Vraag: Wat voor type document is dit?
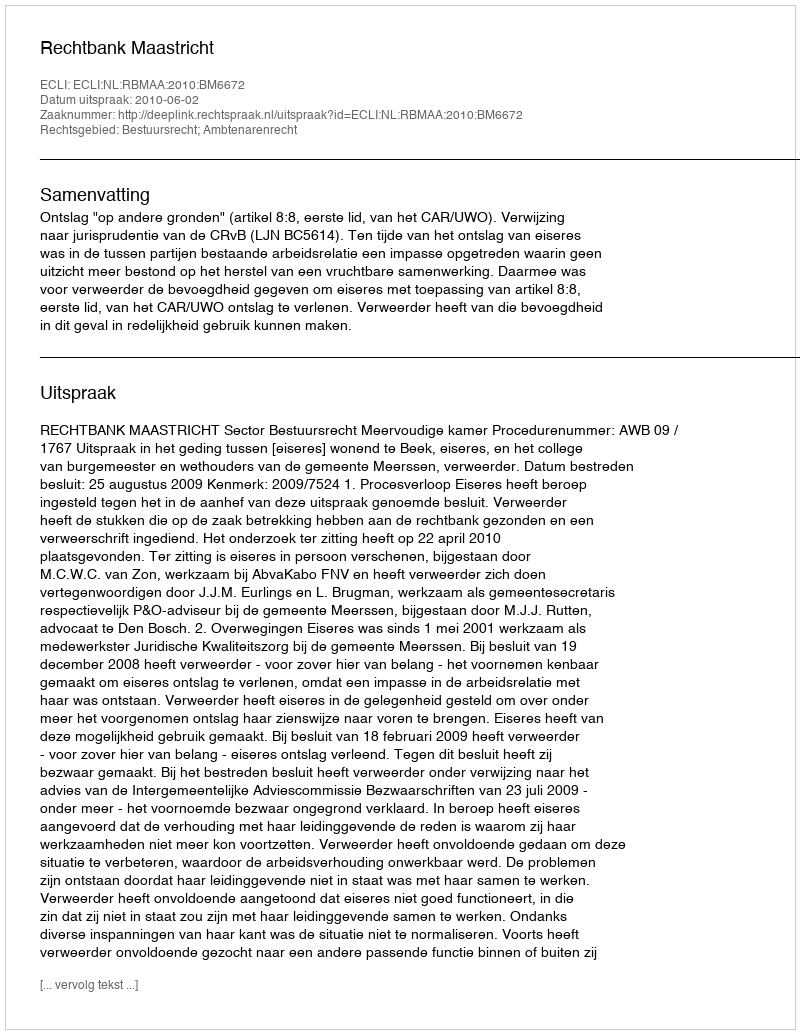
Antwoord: Uitspraak